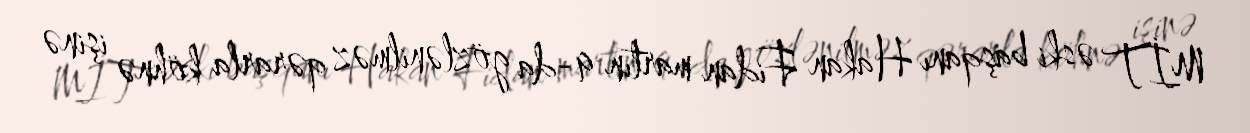
MİT əski başqanı Hakan Fidan martın 9-da gözlənilməz qərarla köhnə işinə